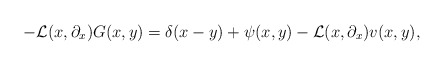
\begin{align*} -{\mathcal L}(x,\partial_x)G(x,y)=\delta(x-y)+\psi(x,y)-{\mathcal L}(x,\partial_x)v(x,y), \end{align*}